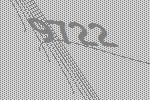
9722